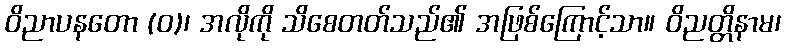
ဝိညာပနတော (ဝ)၊ အလိုကို သိစေတတ်သည်၏ အဖြစ်ကြောင့်သာ။ ဝိညတ္တိနာမ၊